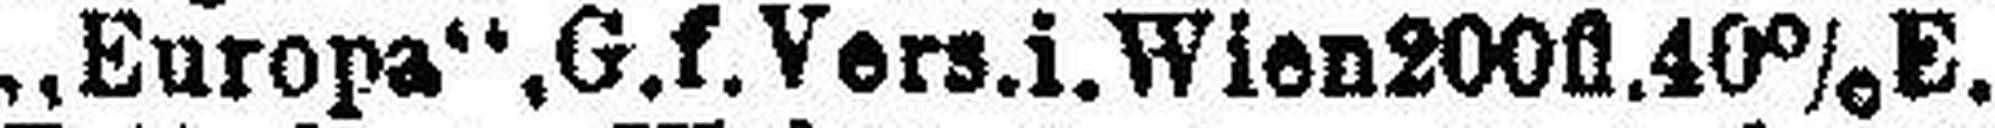
„ Europa“,G.f. Vers.i.Wien 200fl. 40%E.